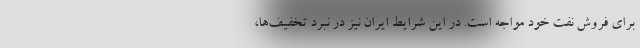
برای فروش نفت خود مواجه است. در این شرایط ایران نیز در نبرد تخفیف‌ها،